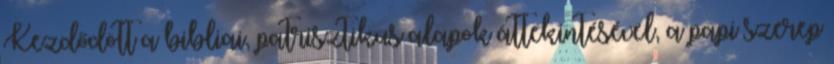
Kezdődött a bibliai, patrisztikus alapok áttekintésével, a papi szerep